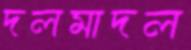
দলমাদল